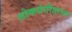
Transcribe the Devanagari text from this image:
लोकसंगीताचा